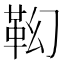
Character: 𩉷